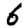
Digit: 6